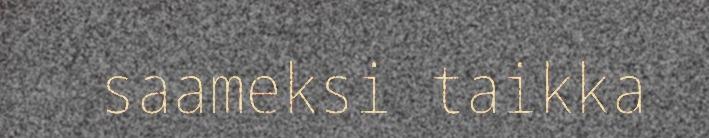
saameksi taikka